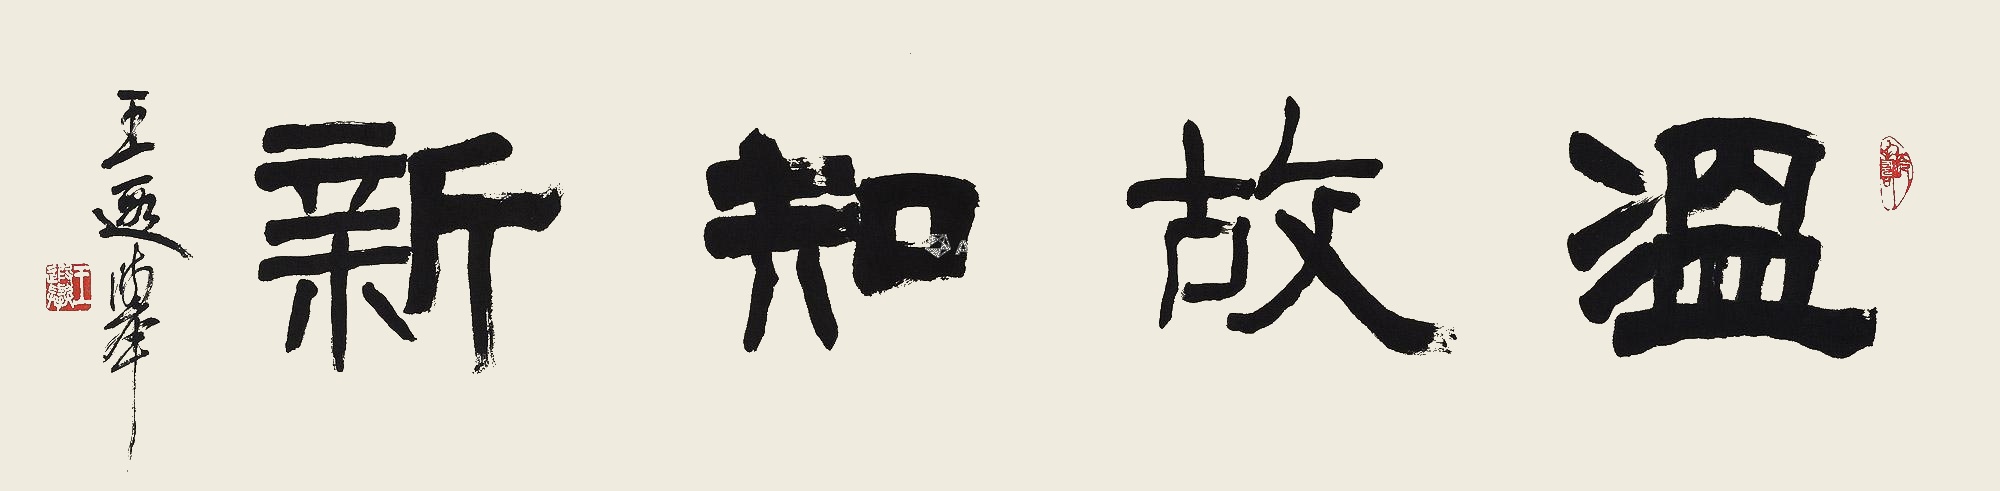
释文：温故知新王遐举。